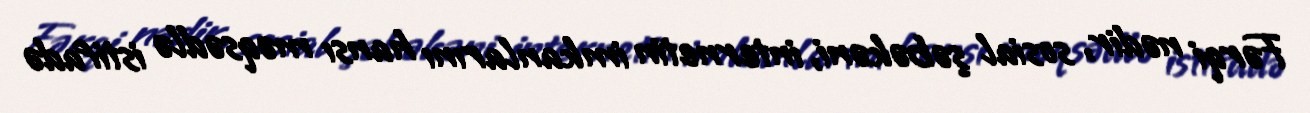
Fərqi nədir, sosial şəbəkəni, internetin imkanlarını hansı məqsədlə istifadə